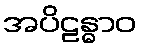
အပိဠန္ဓာဝ